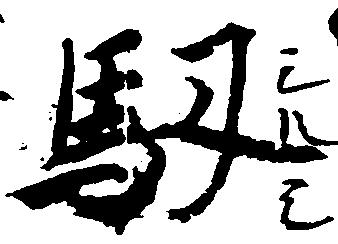
馭